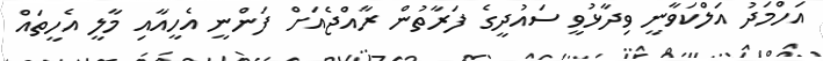
އަހްމަދު އަލްކަވާނީ ވިދާޅުވީ ސައުދީގެ ފަރާތުން ރާއްޖެއަށް ފަންނީ އެހީއާއި މާލީ އެހީތައް